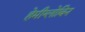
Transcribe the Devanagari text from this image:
हेमीग्लोबिन